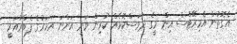
އެގޮތުން އެމިރޭޓްސް އިން މީގެ ދުވަސްކޮޅެއް ކުރިން ވަނީ އަންނަ އަހަރުގެ ފެބްރުއަރީ